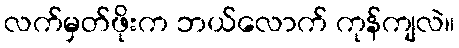
လက်မှတ်ဖိုးက ဘယ်လောက် ကုန်ကျလဲ။